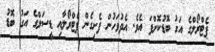
ޕެޓްރޯލްގެ އަގު ބޮޑުކޮށްފަ އެވެ. އެދުވަހުން ފެށިގެން ޕެޓްރޯލާއި ޑީސަލްގެ އަގު ބޮޑު